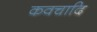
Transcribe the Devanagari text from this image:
कवचादि